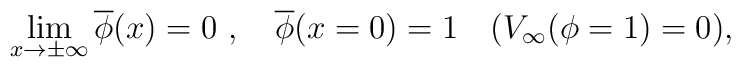
\lim_{x\to\pm\infty}\overline{\phi}(x)=0\ , \quad \overline{\phi}(x=0)=1 \quad (V_{\infty}(\phi=1)=0),